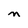
Character: n